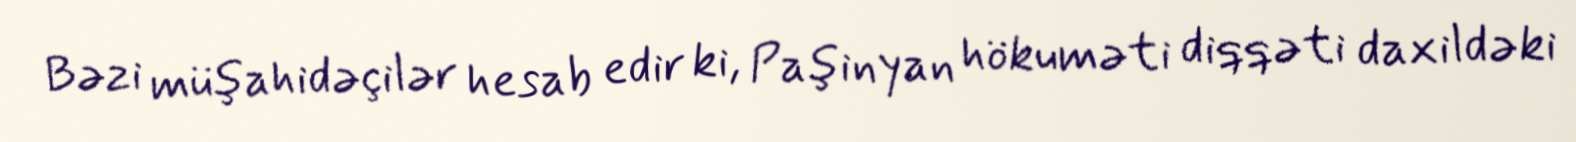
Bəzi müşahidəçilər hesab edir ki, Paşinyan hökuməti diqqəti daxildəki